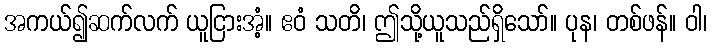
အကယ်၍ဆက်လက် ယူငြားအံ့။ ဧဝံ သတိ၊ ဤသို့ယူသည်ရှိသော်။ ပုန၊ တစ်ဖန်။ ဝါ၊